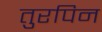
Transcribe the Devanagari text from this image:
तुरपिन